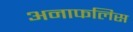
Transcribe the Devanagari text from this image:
अनाफलिस